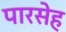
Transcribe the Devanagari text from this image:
पारसेह